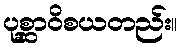
ပုစ္ဆာဝိစယတည်း။